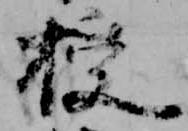
授